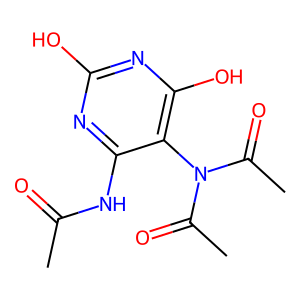
SMILES: CC(=O)Nc1nc(O)nc(O)c1N(C(C)=O)C(C)=O
Inhibits HIV replication: No